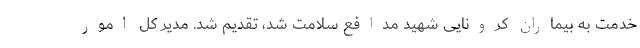
خدمت به بیماران کرونایی شهید مدافع سلامت شد، تقدیم شد. مدیر کل امور